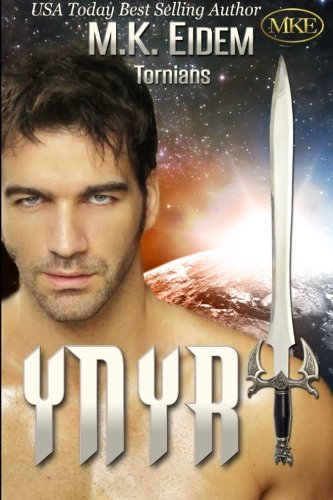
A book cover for Ynyr (Tornians) (Volume 3); M.K. Eidem; Romance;